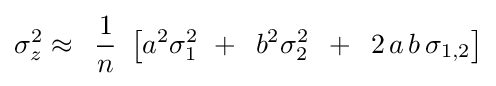
\sigma _{z}^{2}\approx \,\,\,{\frac {1}{n}}\,\,\left[{a^{2}\sigma _{1}^{2}\,\,+\,\,\,b^{2}\sigma _{2}^{2}\,\,\,+\,\,\,2\,a\,b\,\sigma _{1,2}}\right]